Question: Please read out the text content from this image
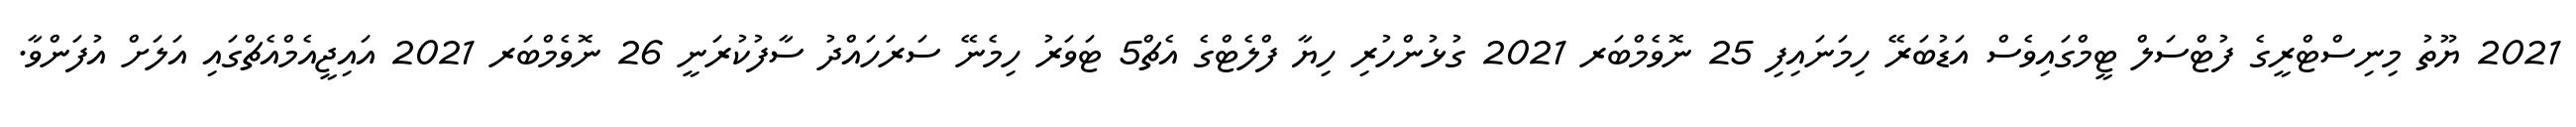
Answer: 2021 ޔޫތު މިނިސްޓްރީގެ ފުޓްސަލް ޓީމްގައިވެސް އަޑުބަރޭ ހިމަނައިފި 25 ނޮވެމްބަރ 2021 ގުޅުންހުރި ހިޔާ ފްލެޓްގެ އެޗް5 ޓަވަރު ހިމެނޭ ސަރަހައްދު ސާފުކުރަނީ 26 ނޮވެމްބަރ 2021 އައިޖީއެމްއެޗްގައި އަލަށް އުފަންވާ.